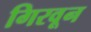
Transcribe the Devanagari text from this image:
गिरवून